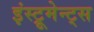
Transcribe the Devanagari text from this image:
इंस्ट्रूमेन्ट्स